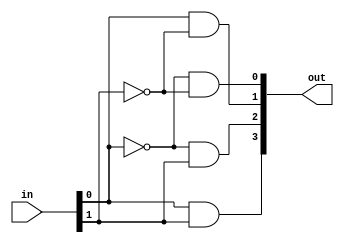
module decoder_dataflow(out, in);
	output [3:0] out; // 4out
	input [1:0] in; // 2input
	
	assign out[0] = (~in[0] & ~in[1]); // 00   out0 1  0
	assign out[1] = (in[0] & ~in[1]); // 01   out1 1
	assign out[2] = (~in[0] & in[1]); // 10   out2 1
	assign out[3] =  (in[0] & in[1]); // 11   out3 1
endmodule